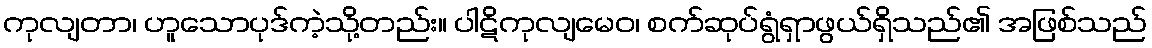
ကုလျတာ၊ ဟူသောပုဒ်ကဲ့သို့တည်း။ ပါဋိကုလျမေဝ၊ စက်ဆုပ်ရွံရှာဖွယ်ရှိသည်၏ အဖြစ်သည်